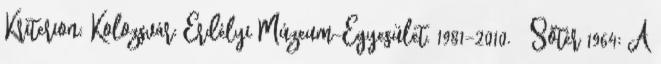
Kriterion; Kolozsvár: Erdélyi Múzeum-Egyesület. 1981–2010. ↑ Sőtér 1964: A